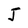
Character: J